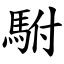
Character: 駙